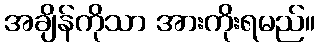
အချိန်ကိုသာ အားကိုးရမည်။